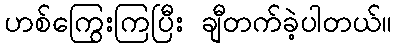
ဟစ်ကြွေးကြပြီး ချီတက်ခဲ့ပါတယ်။